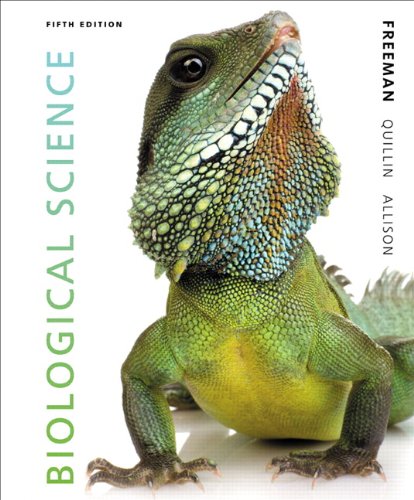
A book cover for Biological Science (5th Edition); Scott Freeman; Science & Math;